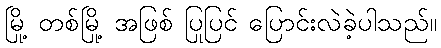
မြို့ တစ်မြို့ အဖြစ် ပြုပြင် ပြောင်းလဲခဲ့ပါသည်။